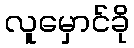
လူမှောင်ခို